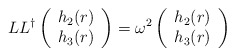
\begin{align*}LL^\dagger \left( \begin{array}{c}h_2(r)\\ h_3(r) \end{array} \right)= \omega^2\left( \begin{array}{c}h_2(r)\\ h_3(r) \end{array} \right)\end{align*}